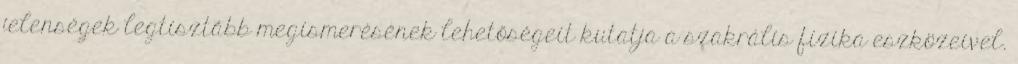
jelenségek legtisztább megismerésének lehetőségeit kutatja a szakrális fizika eszközeivel.